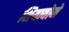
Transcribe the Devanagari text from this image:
शियावोने